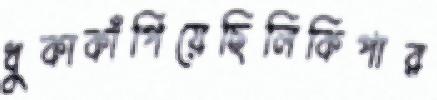
ধুকাকাঁপিয়েছিলিকিপার